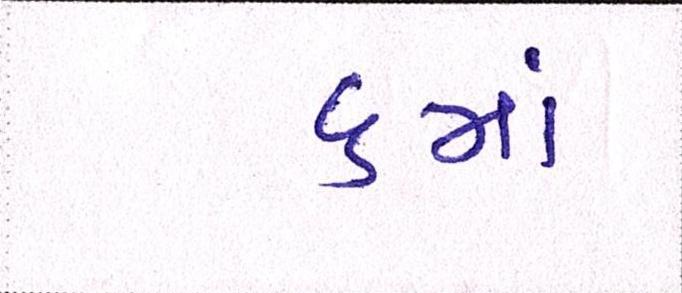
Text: ૬માં